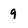
Character: 9